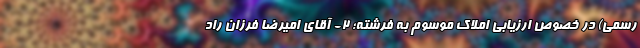
رسمی) در خصوص ارزیابی املاک موسوم به فرشته؛ ۲- آقای امیرضا فرزان راد